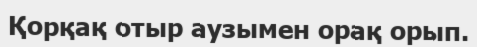
Қорқақ отыр аузымен орақ орып.